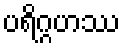
ပရိဂ္ဂဟဿ